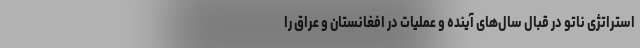
استراتژی ناتو در قبال سال‌های آینده و عملیات در افغانستان و عراق را